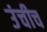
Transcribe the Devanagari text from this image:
उंचीच